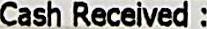
CASH RECEIVED :